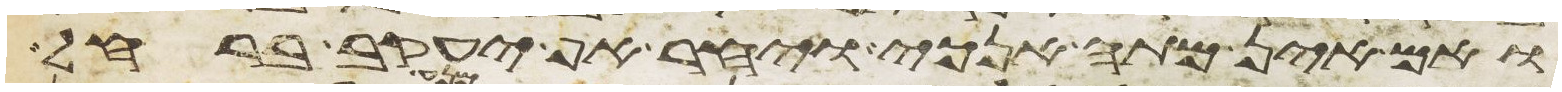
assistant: ואם אין מתה אנכי ויחר אף יעקב ברחל